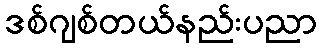
ဒစ်ဂျစ်တယ်နည်းပညာ